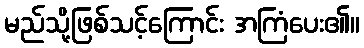
မည်သို့ဖြစ်သင့်ကြောင်း အကြံပေး၏။